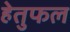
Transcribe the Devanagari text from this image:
हेतुफल